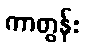
ကာတွန်း